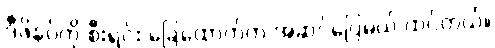
ဒီဖိနပ်ကို စီးရင်း ခြေထောက်က အဆင်ပြေမယ် ထင်တယ်။